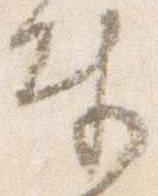
奉